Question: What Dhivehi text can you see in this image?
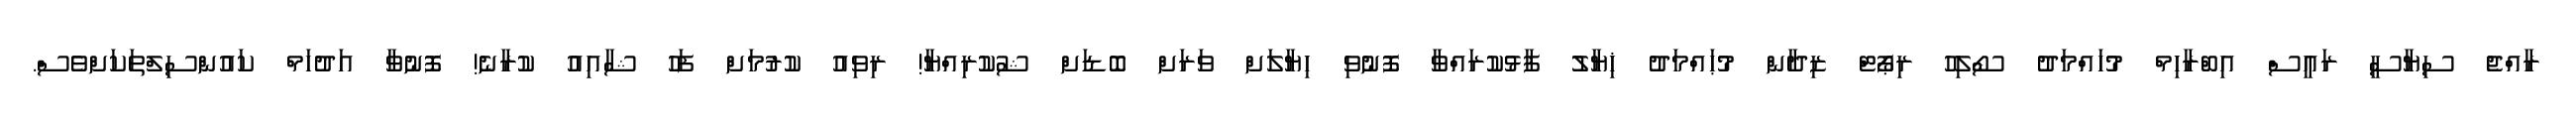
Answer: ރާއްޖެ ސިޔާސީ ރައީސް އިބްރާހިމް މުހައްމަދު ސޯލިހު ރިޕޯޓް ޒިދާން މުޙައްމަދު ޚިޔާލު ފާޅުކުރައްވާ ފޮނުވި ހިޔާލަށް ވަރަށް ބޮޑަށް ޝުކުރިއްޔާ! ރިވިއު ކުރުމަށް ފަހު ޝާއިއު ކުރާނެ! ފޮނުވާ އަދުހަމް ކައުންސިލްތަކަށްވެސް.